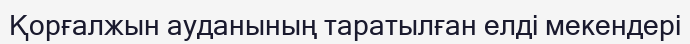
Қорғалжын ауданының таратылған елді мекендері